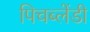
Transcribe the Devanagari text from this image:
पिचब्लेंडी